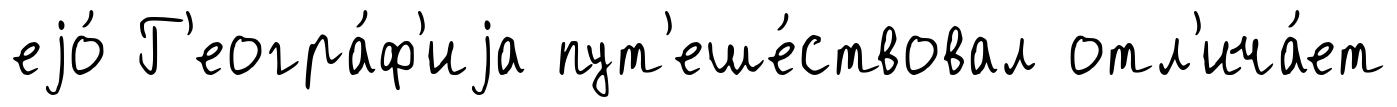
еjо́ Г'еогра́ф'иjа пут'еше́ствовал отл'ича́ет